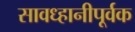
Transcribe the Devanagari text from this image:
सावध्हानीपूर्वक